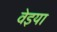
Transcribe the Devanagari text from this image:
वेइया